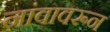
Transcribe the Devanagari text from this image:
नांवावरून